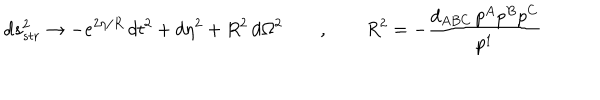
LaTeX: d s _ { s t r } ^ { 2 } \rightarrow - e ^ { 2 \eta / R } \, d t ^ { 2 } + d \eta ^ { 2 } + R ^ { 2 } \, d \Omega ^ { 2 } \qquad , \qquad R ^ { 2 } = - { \frac { d _ { A B C } \, p ^ { A } p ^ { B } p ^ { C } } { p ^ { 1 } } }